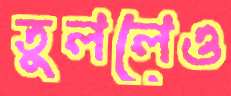
তুললেও